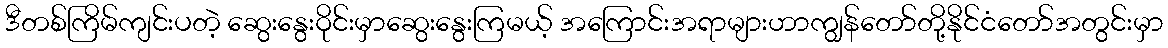
ဒီတစ်ကြိမ်ကျင်းပတဲ့ ဆွေးနွေးဝိုင်းမှာဆွေးနွေးကြမယ့် အကြောင်းအရာများဟာကျွန်တော်တို့နိုင်ငံတော်အတွင်းမှာ